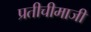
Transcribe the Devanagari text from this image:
प्रतीचीमाजीं